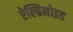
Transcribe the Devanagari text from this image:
ऐल्बिनोइड